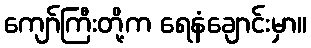
ကျော်ကြီးတို့က ရေနံချောင်းမှာ။